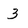
Character: 3